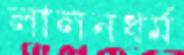
লালনধর্ম